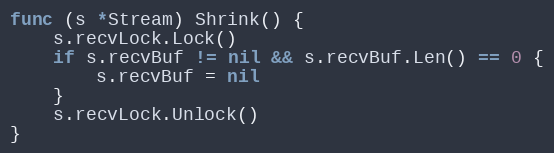
Language: Go
func (s *Stream) Shrink() {
	s.recvLock.Lock()
	if s.recvBuf != nil && s.recvBuf.Len() == 0 {
		s.recvBuf = nil
	}
	s.recvLock.Unlock()
}